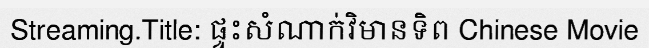
Streaming.Title: ផ្ទះសំណាក់វិមានទិព Chinese Movie